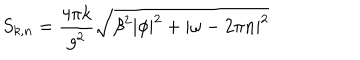
S _ { k , n } = \frac { 4 \pi k } { g ^ { 2 } } \sqrt { \beta ^ { 2 } | \phi | ^ { 2 } + | \omega - 2 \pi n | ^ { 2 } }